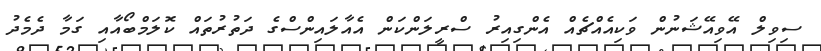
ސިވިލް އޭވިއޭޝަނުން ވަކިއެއްޗެއް އެންގިއިރު ސްރީލަންކަން އެއާލައިންސްގެ ދަތުރުތައް ކޮލަމްބޯއާއި ގަމާ ދެމެދު